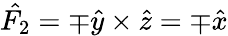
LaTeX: \hat{F_{2}}=\mp\hat{y}\times\hat{z}=\mp\hat{x}